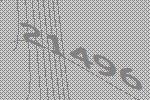
21496